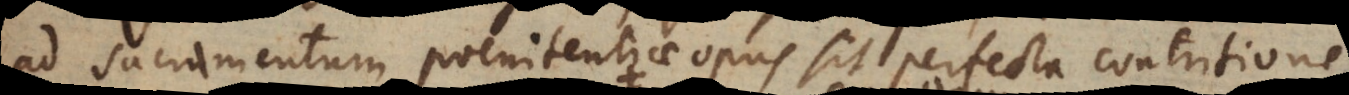
ad Sacramentum poenitentiae opus sit perfecta contritione,